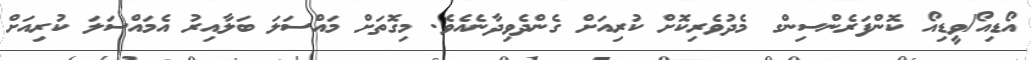
އޯޑިއޯ/ވީޑިއޯ ކޮންފަރެންސިންގ މެދުވެރިކޮށް ކުރިއަށް ގެންދެވިދާނެއެވެ. މިގޮތަށް މައްސަލަ ބަލާއިރު އެމައްސަލަ ކުރިއަށް